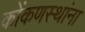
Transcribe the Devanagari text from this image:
कोंकणस्थांना